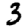
Digit: 3